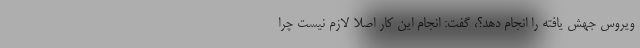
ویروس جهش یافته را انجام دهد؟، گفت: انجام این کار اصلا لازم نیست چرا